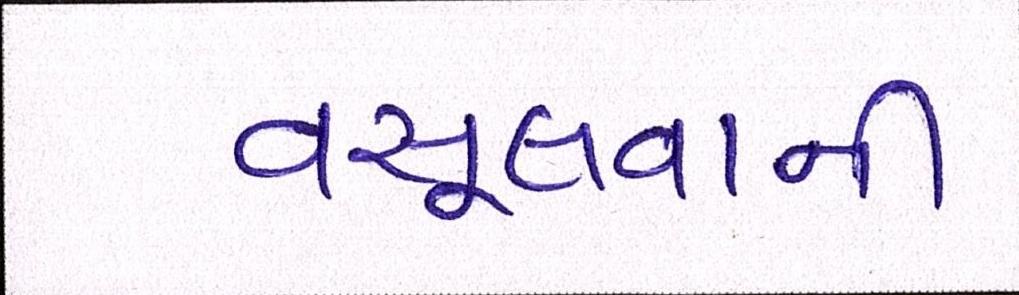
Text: વસૂલવાની